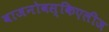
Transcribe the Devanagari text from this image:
वाजनोवस्किएलीज